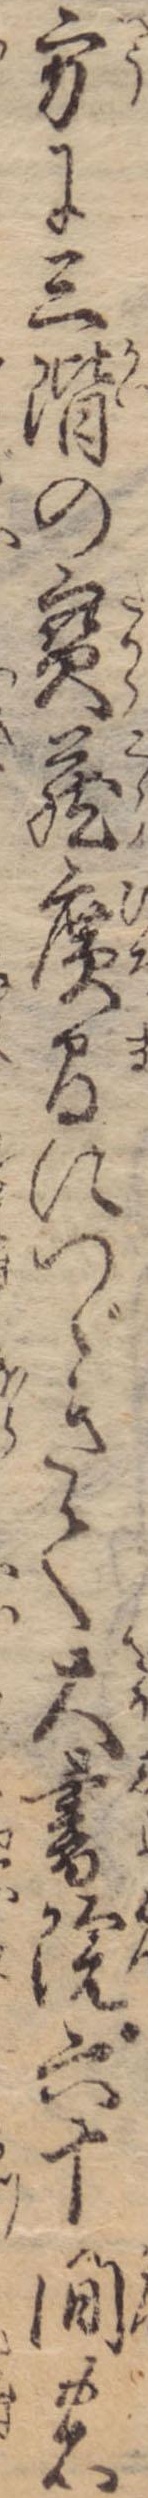
方に三階の宝蔵広間につゞきて大書院六十間の